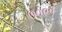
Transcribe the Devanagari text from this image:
७०९१